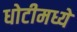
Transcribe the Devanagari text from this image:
धोटीमध्ये